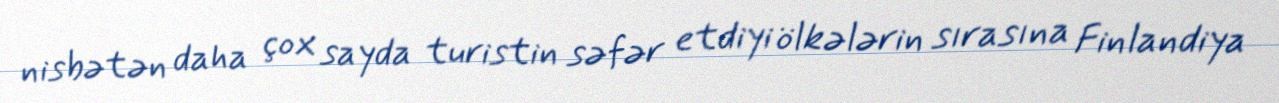
nisbətən daha çox sayda turistin səfər etdiyi ölkələrin sırasına Finlandiya